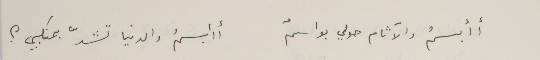
أأبسمُ والآثام حولي بواسمٌ                أأبسمُ والدنيا تشدّ بمنكبي؟